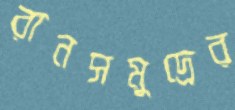
রানসমুদ্রের